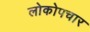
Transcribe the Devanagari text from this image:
लोकोपचार